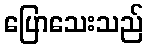
ပြောသေးသည်